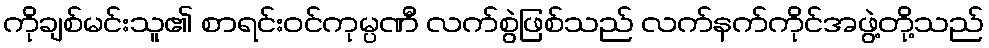
ကိုချစ်မင်းသူ၏ စာရင်းဝင်ကုမ္ပဏီ လက်စွဲဖြစ်သည် လက်နက်ကိုင်အဖွဲ့တို့သည်